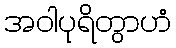
အဝါပုရိတွာဟံ